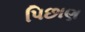
પિછાણ